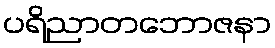
ပရိညာတဘောဇနာ